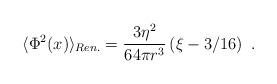
LaTeX: \begin{align*}\langle\Phi^2(x)\rangle_{Ren.}=\frac{3\eta^2}{64\pi r^3}\left(\xi-3/16\right) \ .\end{align*}